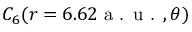
C _ { 6 } ( r = 6 . 6 2 \textrm { a . u . } , \theta )